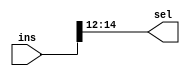
// Andrew Doucet
// Spencer Dugas

// Formats instruction
module INST (ins, sel);

    // I/O
    input [15:0] ins;
    output [2:0] sel;

    // Assignment
    assign sel [2] = ins [14];
    assign sel [1] = ins [13];
    assign sel [0] = ins [12];

endmodule